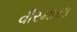
વીરમાયા